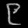
Digit: ၉